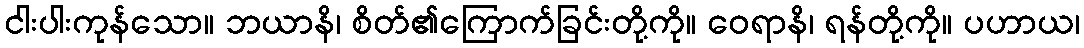
ငါးပါးကုန်သော။ ဘယာနိ၊ စိတ်၏ကြောက်ခြင်းတို့ကို။ ဝေရာနိ၊ ရန်တို့ကို။ ပဟာယ၊